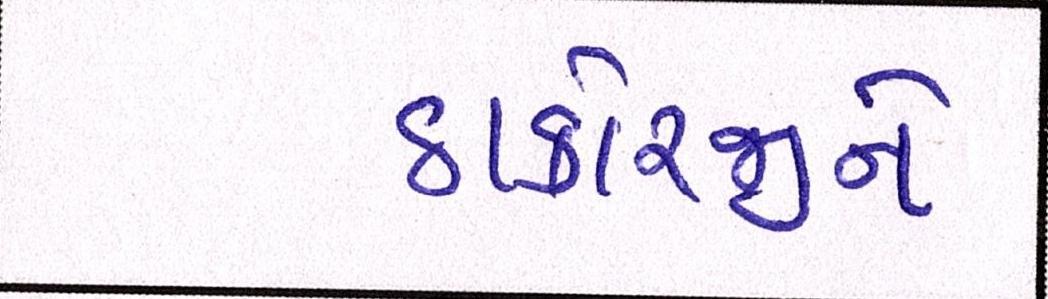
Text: ઠાકોરજીને